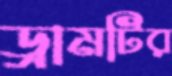
ড্রামটির